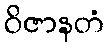
ဝိဇာနတံ